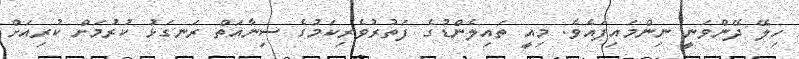
ހިލޭ ދޭންވަނީ ނިންމައިފައެވެ. މިއީ ތައިލެންޑުގެ ފަތުރުވެރިކަމުގެ ސިނާއަތް ރަނގަޅު ކުރުމަށް ކުރިއަށް